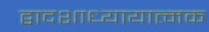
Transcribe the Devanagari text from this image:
द्वादशाध्यायात्मक